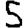
Digit: 5